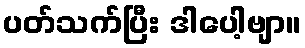
ပတ်သက်ပြီး ဒါပေါ့ဗျာ။